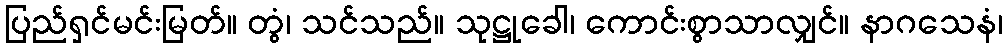
ပြည်ရှင်မင်းမြတ်။ တွံ၊ သင်သည်။ သုဋ္ဌုခေါ၊ ကောင်းစွာသာလျှင်။ နာဂသေနံ၊